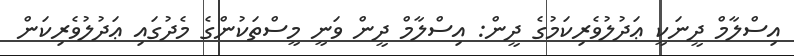
އިސްލާމް ދީނަކީ ޢަދުލުވެރިކަމުގެ ދީން: އިސްލާމް ދީން ވަނީ މީސްތަކުންގެ މެދުގައި ޢަދުލުވެރިކަން